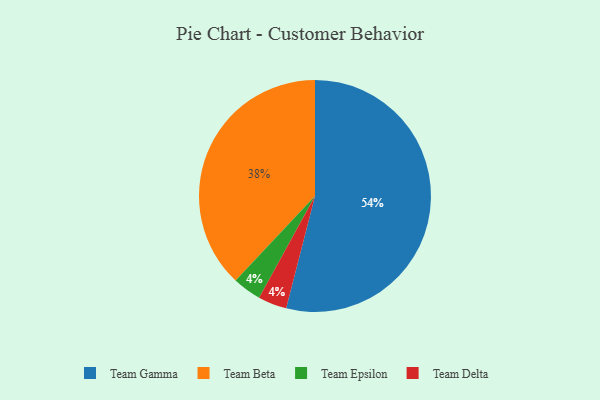
{"axis": {"x": "Category", "y": "Percentage"}, "legend": ["Team Beta", "Team Delta", "Team Epsilon", "Team Gamma"], "data": [{"x": "Team Gamma", "y": 54, "type": "Team Gamma"}, {"x": "Team Epsilon", "y": 4, "type": "Team Epsilon"}, {"x": "Team Beta", "y": 38, "type": "Team Beta"}, {"x": "Team Delta", "y": 4, "type": "Team Delta"}]}